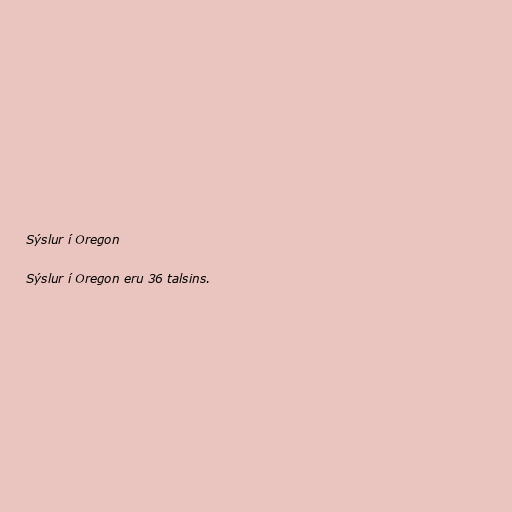
Sýslur í Oregon

Sýslur í Oregon eru 36 talsins.